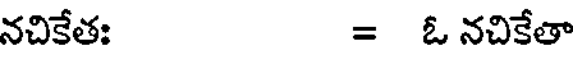
నచికేత: = ఓ నచికేతా